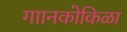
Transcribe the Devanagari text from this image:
गाानकोकिळा